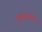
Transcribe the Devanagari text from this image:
कुटीरासमोरच